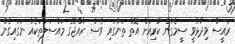
ރައީސް ވިދާޅުވީ ސީމެގުން ކުރިއަށް އޮތް ތަނުގައި ވެސް ރާއްޖޭގެ މައްސަލަތަކެއް ނަގައިގެން